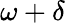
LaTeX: \omega+\delta